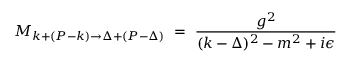
{ \cal M } _ { k + ( P - k ) \to \Delta + ( P - \Delta ) } \ = \ { \frac { g ^ { 2 } } { ( k - \Delta ) ^ { 2 } - m ^ { 2 } + i \epsilon } } \,